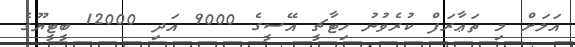
އަލަށް މި ތަޢާރަފް ކުރެވުނު ހިޓާޗީ އޭސީގެ 9000 އަދި 12000 ބީޓީޔޫގެ